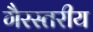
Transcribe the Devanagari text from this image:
गैरस्‍तरीय